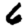
Digit: 6